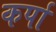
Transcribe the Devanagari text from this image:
कर्पा